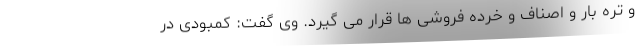
و تره بار و اصناف و خرده فروشی ها قرار می گیرد. وی گفت: کمبودی در